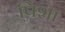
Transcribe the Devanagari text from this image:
पिशा